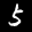
Label: 5